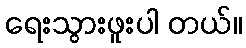
ရေးသွားဖူးပါ တယ်။